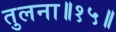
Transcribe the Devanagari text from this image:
तुलना॥१५॥